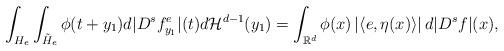
LaTeX: \begin{align*}\int_{H_{e}} \int_{\tilde{H}_{e}}\phi(t+y_1) d |D^{s}f^e_{y_1}|(t)d\mathcal{H}^{d-1}(y_1)=\int_{\mathbb{R}^d}\phi(x)\left|\langle e,\eta(x)\rangle\right|d|D^sf|(x),\end{align*}